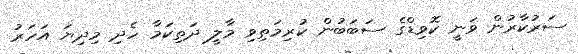
ސަރުކާރުން ވަނީ ކޮވިޑްގެ ސަބަބުން ކުރިމަތިވި މާލީ ދަތިކަމާ ހެދި މިދިޔަ އަހަރު